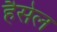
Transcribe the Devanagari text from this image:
हैसेल